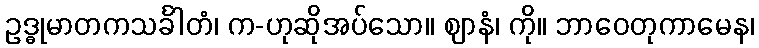
ဥဒ္ဓုမာတကသင်္ခါတံ၊ က-ဟုဆိုအပ်သော။ ဈာနံ၊ ကို။ ဘာဝေတုကာမေန၊